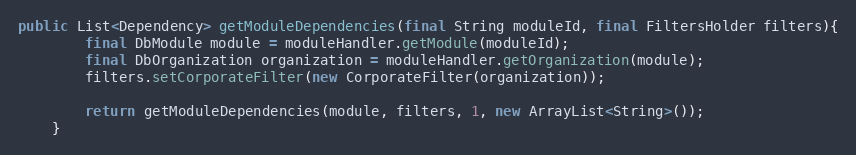
Language: Java
public List<Dependency> getModuleDependencies(final String moduleId, final FiltersHolder filters){
        final DbModule module = moduleHandler.getModule(moduleId);
        final DbOrganization organization = moduleHandler.getOrganization(module);
        filters.setCorporateFilter(new CorporateFilter(organization));

        return getModuleDependencies(module, filters, 1, new ArrayList<String>());
    }